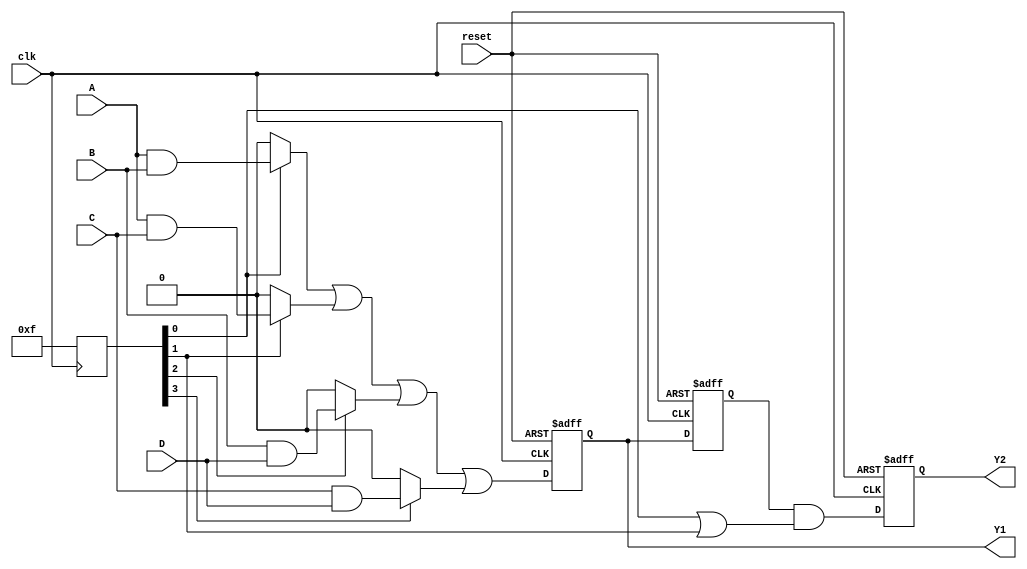
module CLB (
    input wire A,        // Input A
    input wire B,        // Input B
    input wire C,        // Input C
    input wire D,        // Input D
    input wire clk,      // Clock signal
    input wire reset,    // Reset signal
    output reg Y1,       // Output Y1
    output reg Y2        // Output Y2
);

// Configuration memory (for demonstration purposes)
reg [3:0] and_terms; // Represents programmable AND terms
reg [1:0] or_terms;  // Represents programmable OR terms

// Internal signals for product terms
wire p1, p2, p3, p4;

// Product terms generation (AND operations)
assign p1 = A & B; // Product term 1
assign p2 = A & C; // Product term 2
assign p3 = B & D; // Product term 3
assign p4 = C & D; // Product term 4

// Feedback paths (for demonstration purposes)
reg feedback; // Feedback signal
always @(posedge clk or posedge reset) begin
    if (reset) begin
        feedback <= 1'b0; // Reset feedback
    end else begin
        feedback <= Y1; // Feedback Y1 to internal logic
    end
end

// Logic function implementation
always @(posedge clk or posedge reset) begin
    if (reset) begin
        Y1 <= 1'b0; // Reset output Y1
        Y2 <= 1'b0; // Reset output Y2
    end else begin
        // Example logic function for Y1 and Y2
        // Programmable OR terms based on configuration
        Y1 <= (and_terms[0] ? p1 : 1'b0) |
              (and_terms[1] ? p2 : 1'b0) |
              (and_terms[2] ? p3 : 1'b0) |
              (and_terms[3] ? p4 : 1'b0);
        
        Y2 <= feedback & (and_terms[0] | and_terms[1]); // Example feedback logic
    end
end

// Configuration logic (for demonstration purposes)
always @(posedge clk) begin
    // Example configuration for AND terms
    // This would typically be loaded from configuration memory
    and_terms <= 4'b1111; // Enable all AND terms for demonstration
end

endmodule